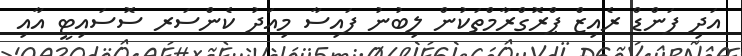
އަދި ފަންޑް ރެއިޒް ޕްރޮގްރާމްތަކުން ލިބުނު ފައިސާ މިއަދު ކެންސަރ ސޮސައިޓީ އާއި